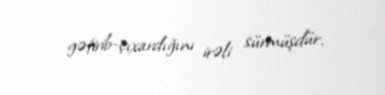
gətirib-çıxardığını irəli sürmüşdür.